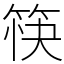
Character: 筷